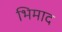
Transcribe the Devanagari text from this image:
भिमाद